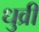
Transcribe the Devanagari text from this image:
धुव्री